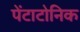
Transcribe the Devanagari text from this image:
पेंटाटोनिक